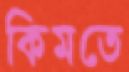
কিমতে